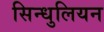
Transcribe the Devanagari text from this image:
सिन्धुलियन